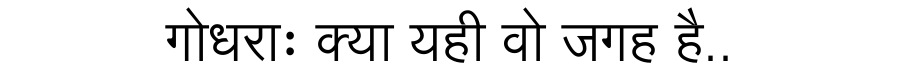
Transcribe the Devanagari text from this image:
गोधराः क्या यही वो जगह है..